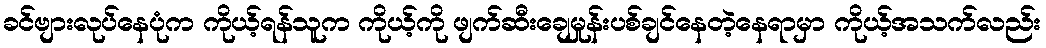
ခင်ဗျားလုပ်နေပုံက ကိုယ့်ရန်သူက ကိုယ့်ကို ဖျက်ဆီးချေမှုန်းပစ်ချင်နေတဲ့နေရာမှာ ကိုယ့်အသက်လည်း